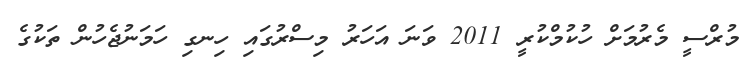
މުރްސީ މެރުމަށް ހުކުމްކުރީ 2011 ވަނަ އަހަރު މިސްރުގައި ހިނގި ހަމަނުޖެހުން ތަކުގެ